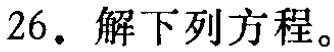
26. 解下列方程。